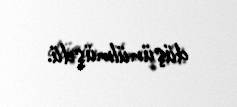
düşünülmüşdü.